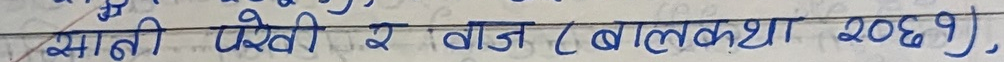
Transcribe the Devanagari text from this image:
हंसानी पेखी र बाज (बालकथा २०६१),